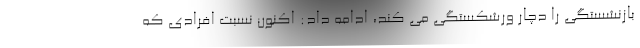
بازنشستگی را دچار ورشکستگی می کند، ادامه داد: اکنون نسبت افرادی که